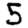
Digit: 5